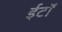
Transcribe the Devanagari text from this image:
ईटॉ